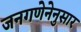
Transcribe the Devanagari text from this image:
जनगणेनेनुसार